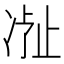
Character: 𬅽